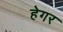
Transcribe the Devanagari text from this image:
हेगर